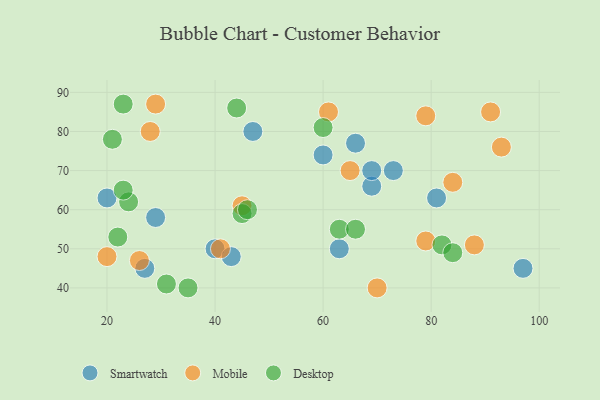
{"axis": {"x": "GDP", "y": "Life Expectancy"}, "legend": ["Desktop", "Mobile", "Smartwatch"], "data": [{"x": "60", "y": 74, "type": "Smartwatch"}, {"x": "66", "y": 77, "type": "Smartwatch"}, {"x": "29", "y": 58, "type": "Smartwatch"}, {"x": "73", "y": 70, "type": "Smartwatch"}, {"x": "97", "y": 45, "type": "Smartwatch"}, {"x": "69", "y": 66, "type": "Smartwatch"}, {"x": "47", "y": 80, "type": "Smartwatch"}, {"x": "20", "y": 63, "type": "Smartwatch"}, {"x": "81", "y": 63, "type": "Smartwatch"}, {"x": "27", "y": 45, "type": "Smartwatch"}, {"x": "40", "y": 50, "type": "Smartwatch"}, {"x": "63", "y": 50, "type": "Smartwatch"}, {"x": "43", "y": 48, "type": "Smartwatch"}, {"x": "69", "y": 70, "type": "Smartwatch"}, {"x": "88", "y": 51, "type": "Mobile"}, {"x": "45", "y": 61, "type": "Mobile"}, {"x": "26", "y": 47, "type": "Mobile"}, {"x": "20", "y": 48, "type": "Mobile"}, {"x": "93", "y": 76, "type": "Mobile"}, {"x": "91", "y": 85, "type": "Mobile"}, {"x": "65", "y": 70, "type": "Mobile"}, {"x": "79", "y": 52, "type": "Mobile"}, {"x": "79", "y": 84, "type": "Mobile"}, {"x": "84", "y": 67, "type": "Mobile"}, {"x": "28", "y": 80, "type": "Mobile"}, {"x": "41", "y": 50, "type": "Mobile"}, {"x": "61", "y": 85, "type": "Mobile"}, {"x": "29", "y": 87, "type": "Mobile"}, {"x": "70", "y": 40, "type": "Mobile"}, {"x": "23", "y": 87, "type": "Desktop"}, {"x": "60", "y": 81, "type": "Desktop"}, {"x": "35", "y": 40, "type": "Desktop"}, {"x": "82", "y": 51, "type": "Desktop"}, {"x": "84", "y": 49, "type": "Desktop"}, {"x": "31", "y": 41, "type": "Desktop"}, {"x": "63", "y": 55, "type": "Desktop"}, {"x": "24", "y": 62, "type": "Desktop"}, {"x": "66", "y": 55, "type": "Desktop"}, {"x": "45", "y": 59, "type": "Desktop"}, {"x": "23", "y": 65, "type": "Desktop"}, {"x": "46", "y": 60, "type": "Desktop"}, {"x": "22", "y": 53, "type": "Desktop"}, {"x": "21", "y": 78, "type": "Desktop"}, {"x": "44", "y": 86, "type": "Desktop"}]}